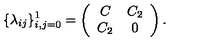
\{ \lambda _ { i j } \} _ { i , j = 0 } ^ { 1 } = \left( \begin{array} { c c } { C } & { C _ { 2 } } \\ { C _ { 2 } } & { 0 } \\ \end{array} \right) .